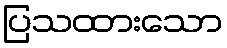
ပြသထားသော